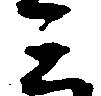
ミ